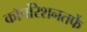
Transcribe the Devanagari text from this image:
कॉर्पोरेशनतर्फे